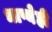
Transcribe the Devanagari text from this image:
भाष्येही